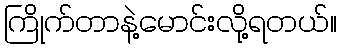
ကြိုက်တာနဲ့မောင်းလို့ရတယ်။